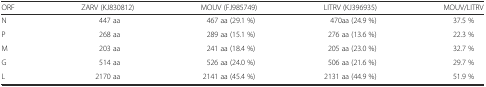
| ORF | ZARV (KJ830812) | MOUV (FJ985749) | LITRV (KJ396935) | MOUV/LITRV |
 | --- | --- | --- | --- | --- |
 | N | 447 aa | 467 aa (29.1 %) | 470aa (24.9 %) | 37.5 % |
 | P | 268 aa | 289 aa (15.1 %) | 276 aa (13.6 %) | 22.3 % |
 | M | 203 aa | 241 aa (18.4 %) | 205 aa (23.0 %) | 32.7 % |
 | G | 514 aa | 526 aa (24.0 %) | 506 aa (21.6 %) | 29.7 % |
 | L | 2170 aa | 2141 aa (45.4 %) | 2131 aa (44.9 %) | 51.9 % |